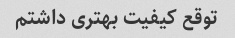
توقع کیفیت بهتری داشتم